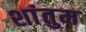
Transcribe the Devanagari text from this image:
शांतुम